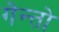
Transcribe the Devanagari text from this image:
गेन्तो